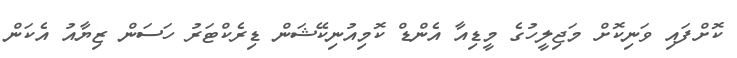
ކޮށްފައި ވަނިކޮށް މަޖިލީހުގެ މީޑިއާ އެންޑް ކޮމިއުނިކޭޝަން ޑިރެކްޓަރު ހަސަން ޒިޔާއު އެކަން